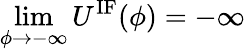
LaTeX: \operatorname*{lim}_{\phi\to-\infty}U^{\mathrm{IF}}(\phi)=-\infty